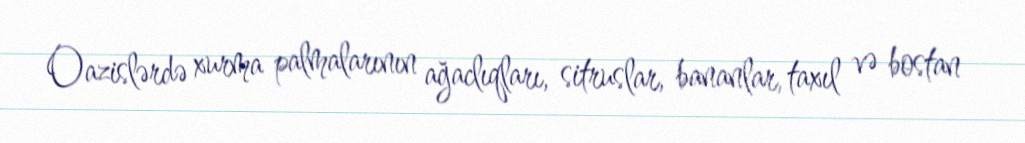
Oazislərdə xurma palmalarının ağaclıqları, sitruslar, bananlar, taxıl və bostan